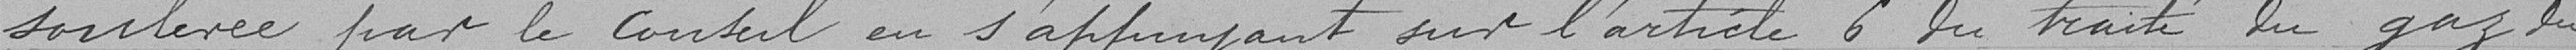
soulevée par le Conseil en s'appuyant sur l'article 6 du traité du gaz du